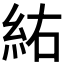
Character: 𮈆